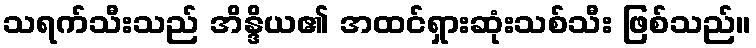
သရက်သီးသည် အိန္ဒိယ၏ အထင်ရှားဆုံးသစ်သီး ဖြစ်သည်။